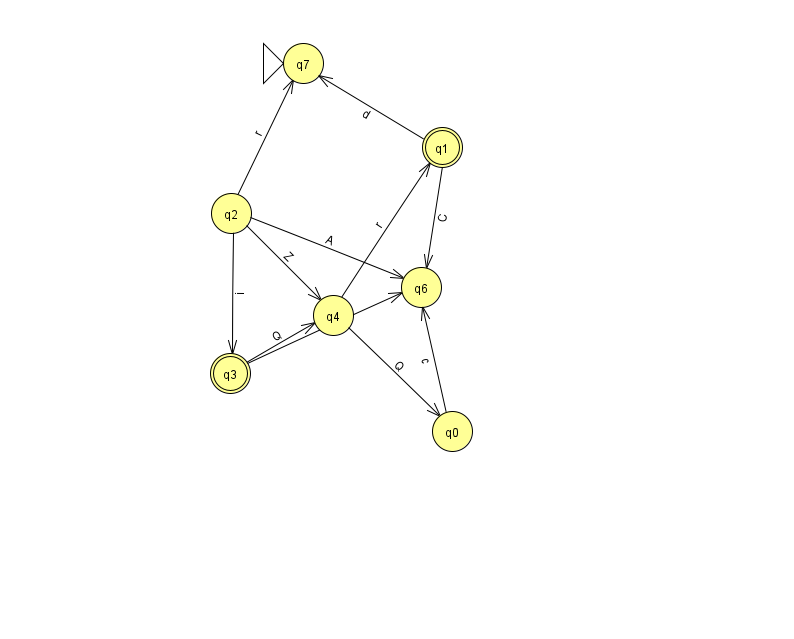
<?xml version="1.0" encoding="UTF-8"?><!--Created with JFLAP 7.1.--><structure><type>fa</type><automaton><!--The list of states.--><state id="0" name="q0"><x>452.0</x><y>418.0</y></state><state id="1" name="q1"><x>442.0</x><y>134.0</y><final/></state><state id="2" name="q2"><x>231.0</x><y>200.0</y></state><state id="3" name="q3"><x>230.0</x><y>360.0</y><final/></state><state id="4" name="q4"><x>333.0</x><y>302.0</y></state><state id="6" name="q6"><x>421.0</x><y>274.0</y></state><state id="7" name="q7"><x>303.0</x><y>50.0</y><initial/></state><!--The list of transitions.--><transition><from>2</from><to>4</to><read>Z</read></transition><transition><from>1</from><to>6</to><read>C</read></transition><transition><from>4</from><to>1</to><read>r</read></transition><transition><from>2</from><to>3</to><read>i</read></transition><transition><from>0</from><to>6</to><read>c</read></transition><transition><from>2</from><to>7</to><read>r</read></transition><transition><from>3</from><to>4</to><read>Q</read></transition><transition><from>4</from><to>0</to><read>Q</read></transition><transition><from>2</from><to>6</to><read>A</read></transition><transition><from>3</from><to>6</to><read>M</read></transition><transition><from>1</from><to>7</to><read>d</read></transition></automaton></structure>